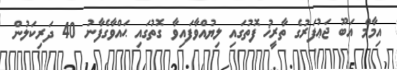
އިމާމް އަބޫ ޖަޢުފަރުގެ ތާރީޚު ފޮތުގައި ލިޔުއްވާފައިވާ ގޮތުގައި ޙައްވާގެފާނު 40 ދަރިކަލުން